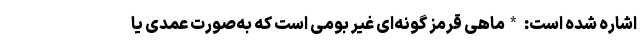
اشاره شده است: *ماهی قرمز گونه‌ای غیر بومی است که به‌صورت عمدی یا